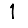
Digit: 1